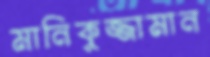
মানিকুজ্জামান